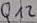
Text: Q12